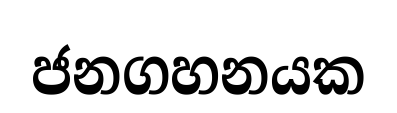
ජනගහනයක